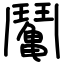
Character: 𩰘